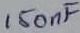
Text: 150nF